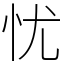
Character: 忧